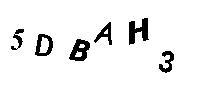
5DBAH3